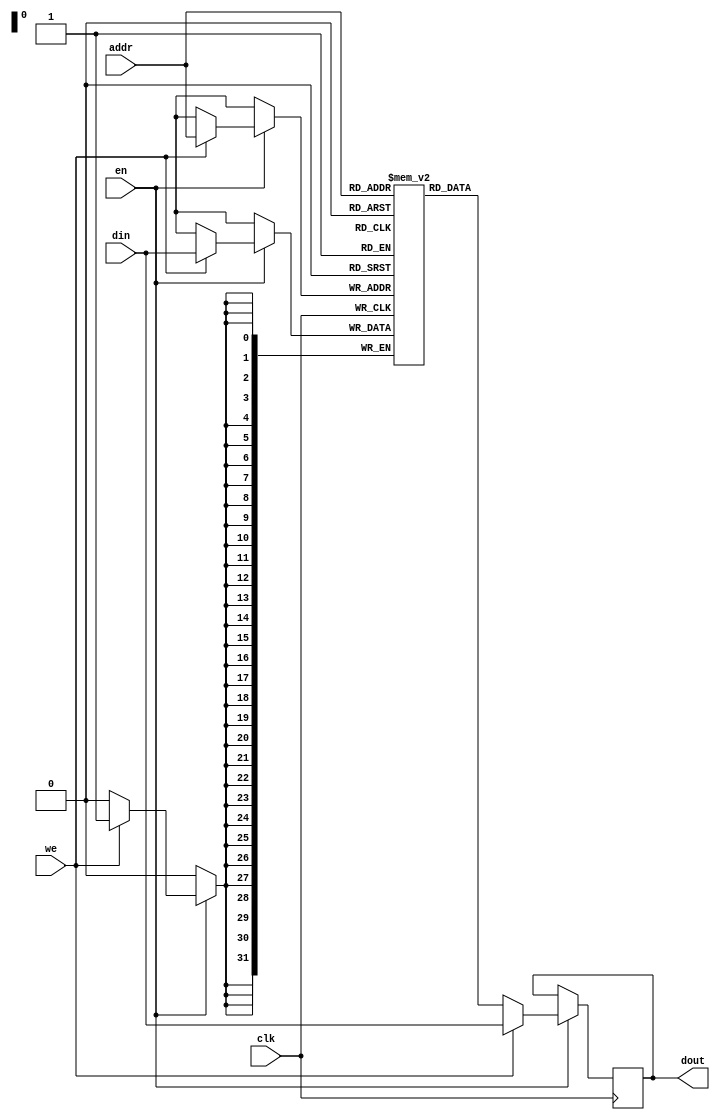
module or1k_spram_en_w1st
#(
  parameter ADDR_WIDTH    = 32,
  parameter DATA_WIDTH    = 32,
  parameter CLEAR_ON_INIT =  0
)
(
  // clock
  input                       clk,
  // port
  input                       en,    // enable port
  input                       we,    // operation is "write"
  input      [ADDR_WIDTH-1:0] addr,
  input      [DATA_WIDTH-1:0] din,
  output reg [DATA_WIDTH-1:0] dout
);

  reg [DATA_WIDTH-1:0] mem[0:((1<<ADDR_WIDTH)-1)];

  // initial values for simulation
 `ifndef SYNTHESIS
  // synthesis translate_off
  generate
  if (CLEAR_ON_INIT) begin : clear_ram
    integer idx;
    initial begin
      // clear output register
      dout = {DATA_WIDTH{1'b0}};
      // clear memory array
      for (idx=0; idx < (1<<ADDR_WIDTH); idx=idx+1)
        mem[idx] = {DATA_WIDTH{1'b0}};
    end
  end
  endgenerate
  // synthesis translate_on
 `endif // !synth

  always @(posedge clk) begin
    if(en) begin
      if (we) begin
        mem[addr] <= din;
        dout      <= din;
      end
      else begin
        dout <= mem[addr];
      end // write / read
    end // enable
  end // @clock

endmodule